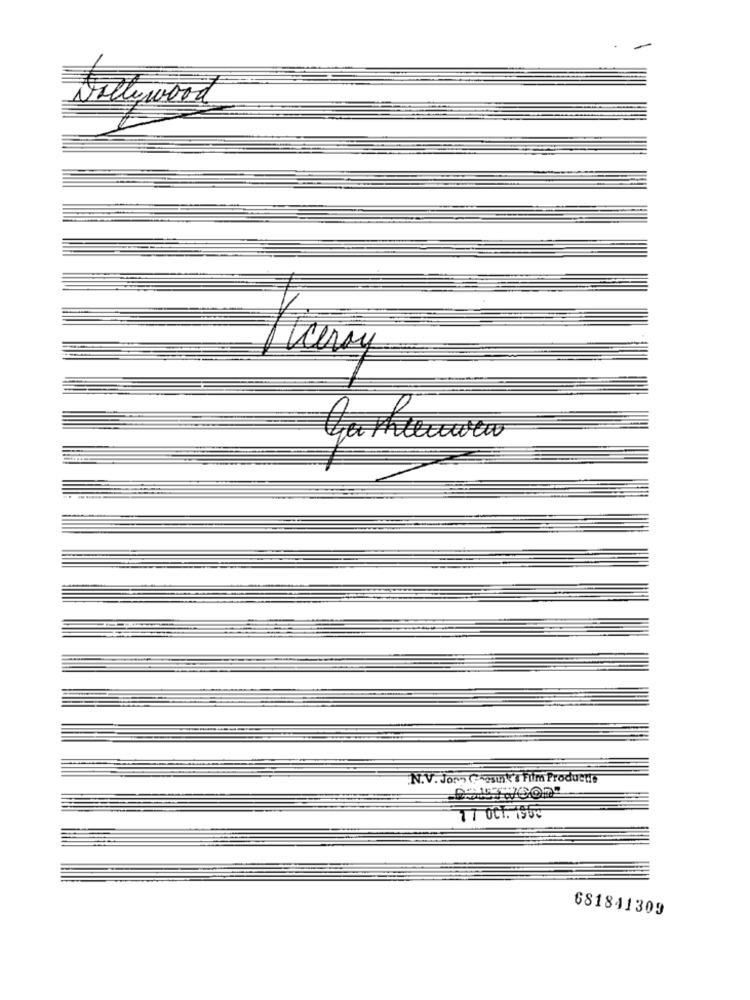
Nollywood
Fueray
N.V. Jon ( osui's Film Products
681841309